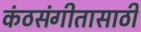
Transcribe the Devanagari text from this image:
कंठसंगीतासाठी